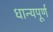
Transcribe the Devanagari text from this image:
धान्यपूर्ण